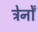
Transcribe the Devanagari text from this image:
ट्रेनोँ